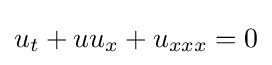
u_{t}+uu_{x}+u_{xxx}=0